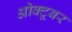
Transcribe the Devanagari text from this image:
ओक्टूबर